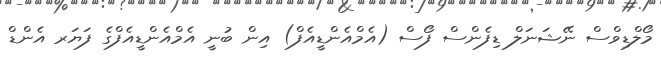
މޯލްޑިވްސް ނޭޝަނަލް ޑިފެންސް ފޯސް (އެމްއެންޑީއެފް) އިން ބުނީ އެމްއެންޑީއެފްގެ ފަޔަރ އެންޑް